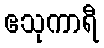
ဧသုကာရီ